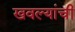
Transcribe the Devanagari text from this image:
खवल्यांची